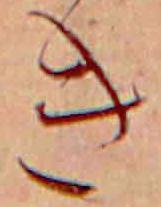
き